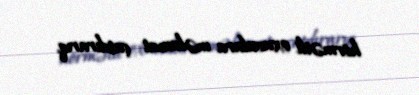
hörmətli oxuculara məlumat çatdırarıq.